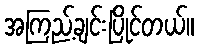
အကြည့်ချင်းပြိုင်တယ်။